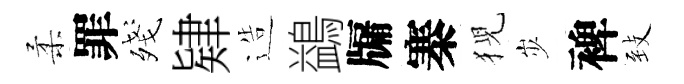
柔罪殘肄造鷁牖寨猊𡵯裨𦤺